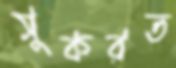
সুকরত